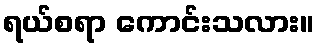
ရယ်စရာ ကောင်းသလား။